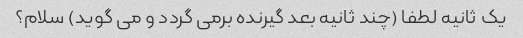
یک ثانیه لطفا (چند ثانیه بعد گیرنده برمی گردد و می گوید) سلام؟